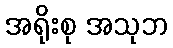
အရိုးစု အသုဘ